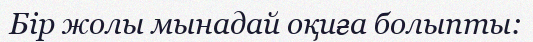
Бір жолы мынадай оқиға болыпты: